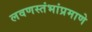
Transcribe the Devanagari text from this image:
लवणस्तंभांप्रमाणे